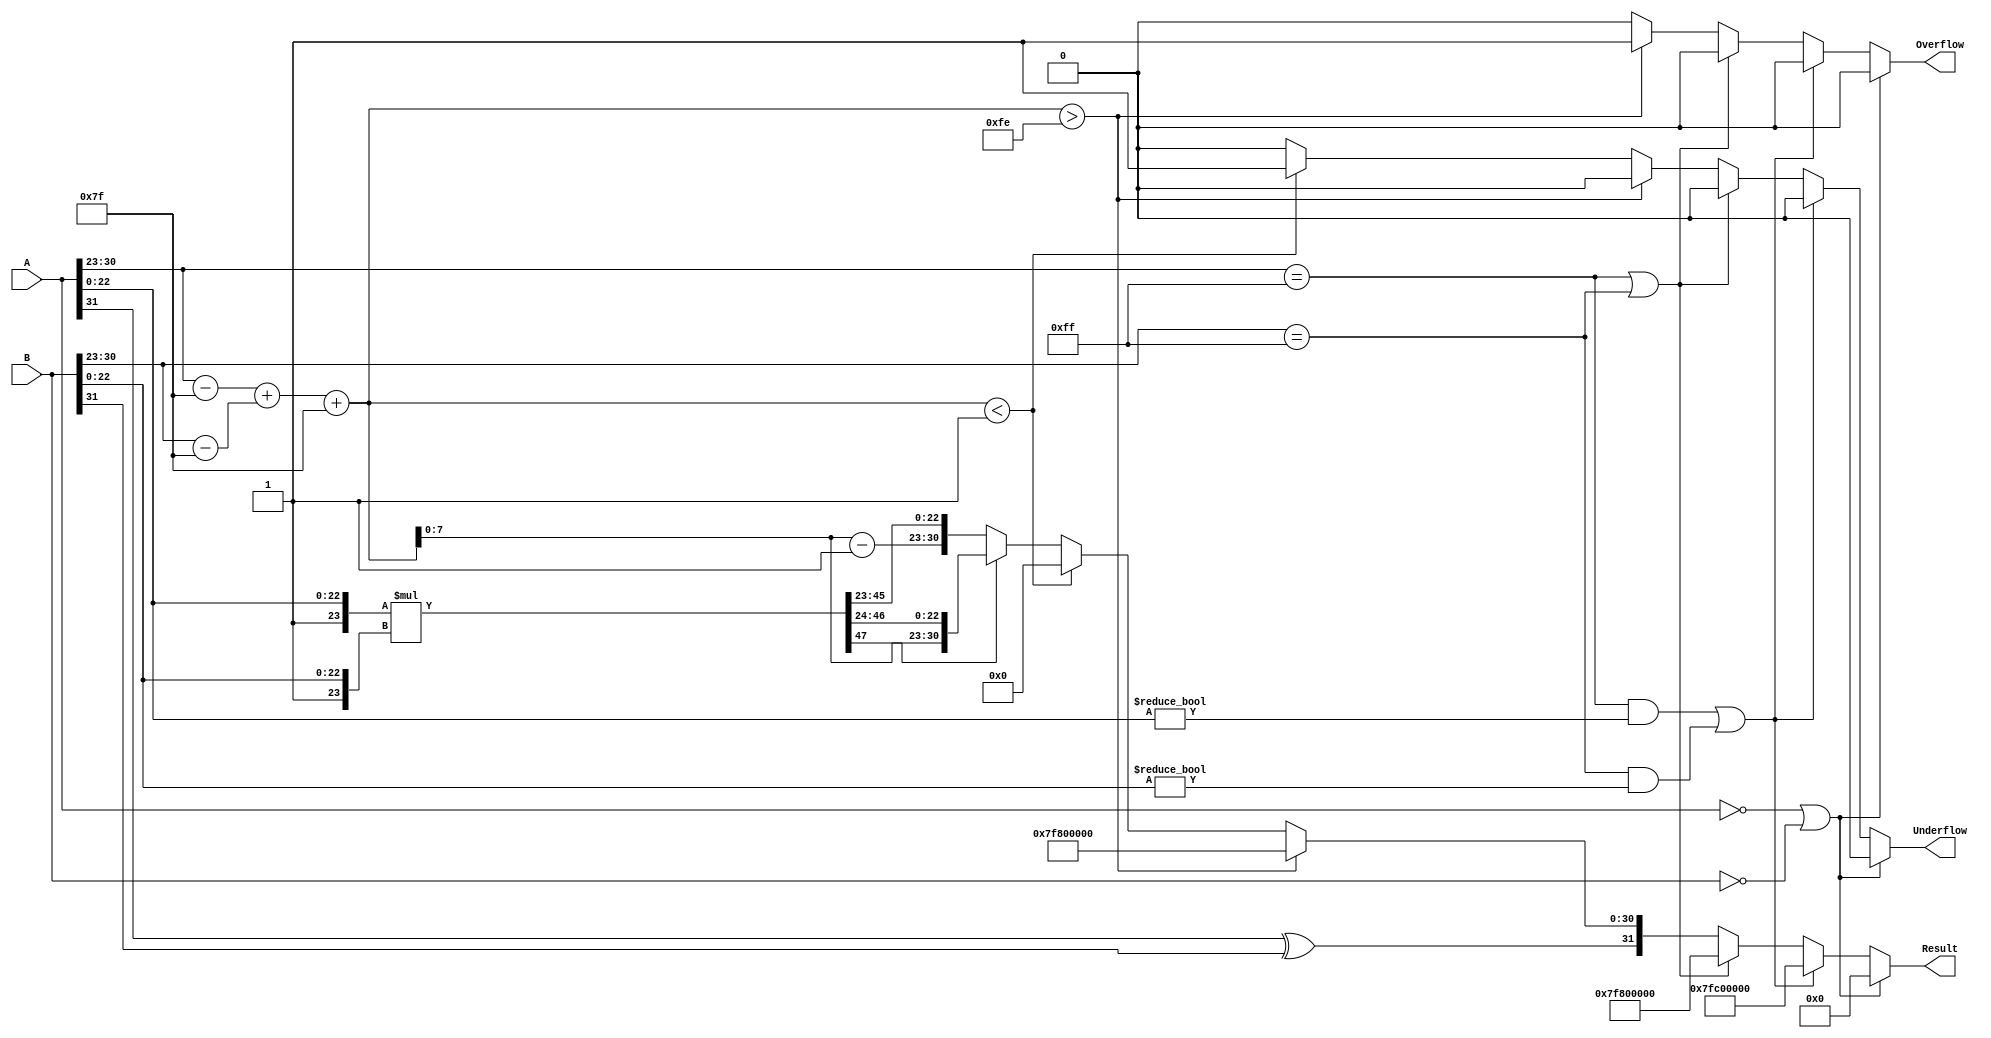
module floating_point_multiplier (
    input  wire [31:0] A,       // First floating-point operand
    input  wire [31:0] B,       // Second floating-point operand
    output reg  [31:0] Result,   // Resulting floating-point product
    output reg  Overflow,         // Overflow flag
    output reg  Underflow         // Underflow flag
);

    // Constants
    localparam BIAS = 8'd127;
    localparam EXPONENT_WIDTH = 8;
    localparam MANTISSA_WIDTH = 23;

    // Internal signals
    wire signA, signB, signResult;
    wire [EXPONENT_WIDTH-1:0] expA, expB, expResult;
    wire [MANTISSA_WIDTH:0] mantA, mantB; // 24 bits for implicit leading 1
    wire [47:0] mantProduct;                // Product of mantissas (24 + 24 = 48 bits)
    wire [8:0] expSum;                      // For exponent addition

    // Extract sign, exponent, and mantissa
    assign signA = A[31];
    assign signB = B[31];
    assign expA = A[30:23];
    assign expB = B[30:23];
    assign mantA = {1'b1, A[22:0]}; // Implicit leading 1
    assign mantB = {1'b1, B[22:0]}; // Implicit leading 1

    // Calculate sign of the result
    assign signResult = signA ^ signB;

    // Calculate exponent sum (unbiased)
    assign expSum = (expA - BIAS) + (expB - BIAS) + BIAS;

    // Multiply mantissas
    assign mantProduct = mantA * mantB;

    // Normalization
    always @(*) begin
        // Default values
        Result = 32'b0;
        Overflow = 1'b0;
        Underflow = 1'b0;

        // Check for zero inputs
        if (A == 32'b0 || B == 32'b0) begin
            Result = 32'b0; // Product is zero
        end else begin
            // Check for special cases (NaN, Inf)
            if ((expA == 8'hFF && mantA[22:0] != 0) || (expB == 8'hFF && mantB[22:0] != 0)) begin
                Result = 32'h7FC00000; // NaN
            end else if (expA == 8'hFF || expB == 8'hFF) begin
                Result = 32'h7F800000; // Infinity
            end else if (expSum > 8'hFE) begin
                Result = {signResult, 8'hFF, 23'b0}; // Overflow to Infinity
                Overflow = 1'b1;
            end else if (expSum < 8'h01) begin
                Result = {signResult, 8'h00, 23'b0}; // Underflow to Zero
                Underflow = 1'b1;
            end else begin
                // Normalize mantissa
                if (mantProduct[47]) begin
                    // Normal case, no shift needed
                    Result = {signResult, expSum[EXPONENT_WIDTH-1:0], mantProduct[46:24]};
                end else begin
                    // Shift right by 1
                    Result = {signResult, expSum[EXPONENT_WIDTH-1:0] - 1'b1, mantProduct[45:23]};
                end
            end
        end
    end
endmodule